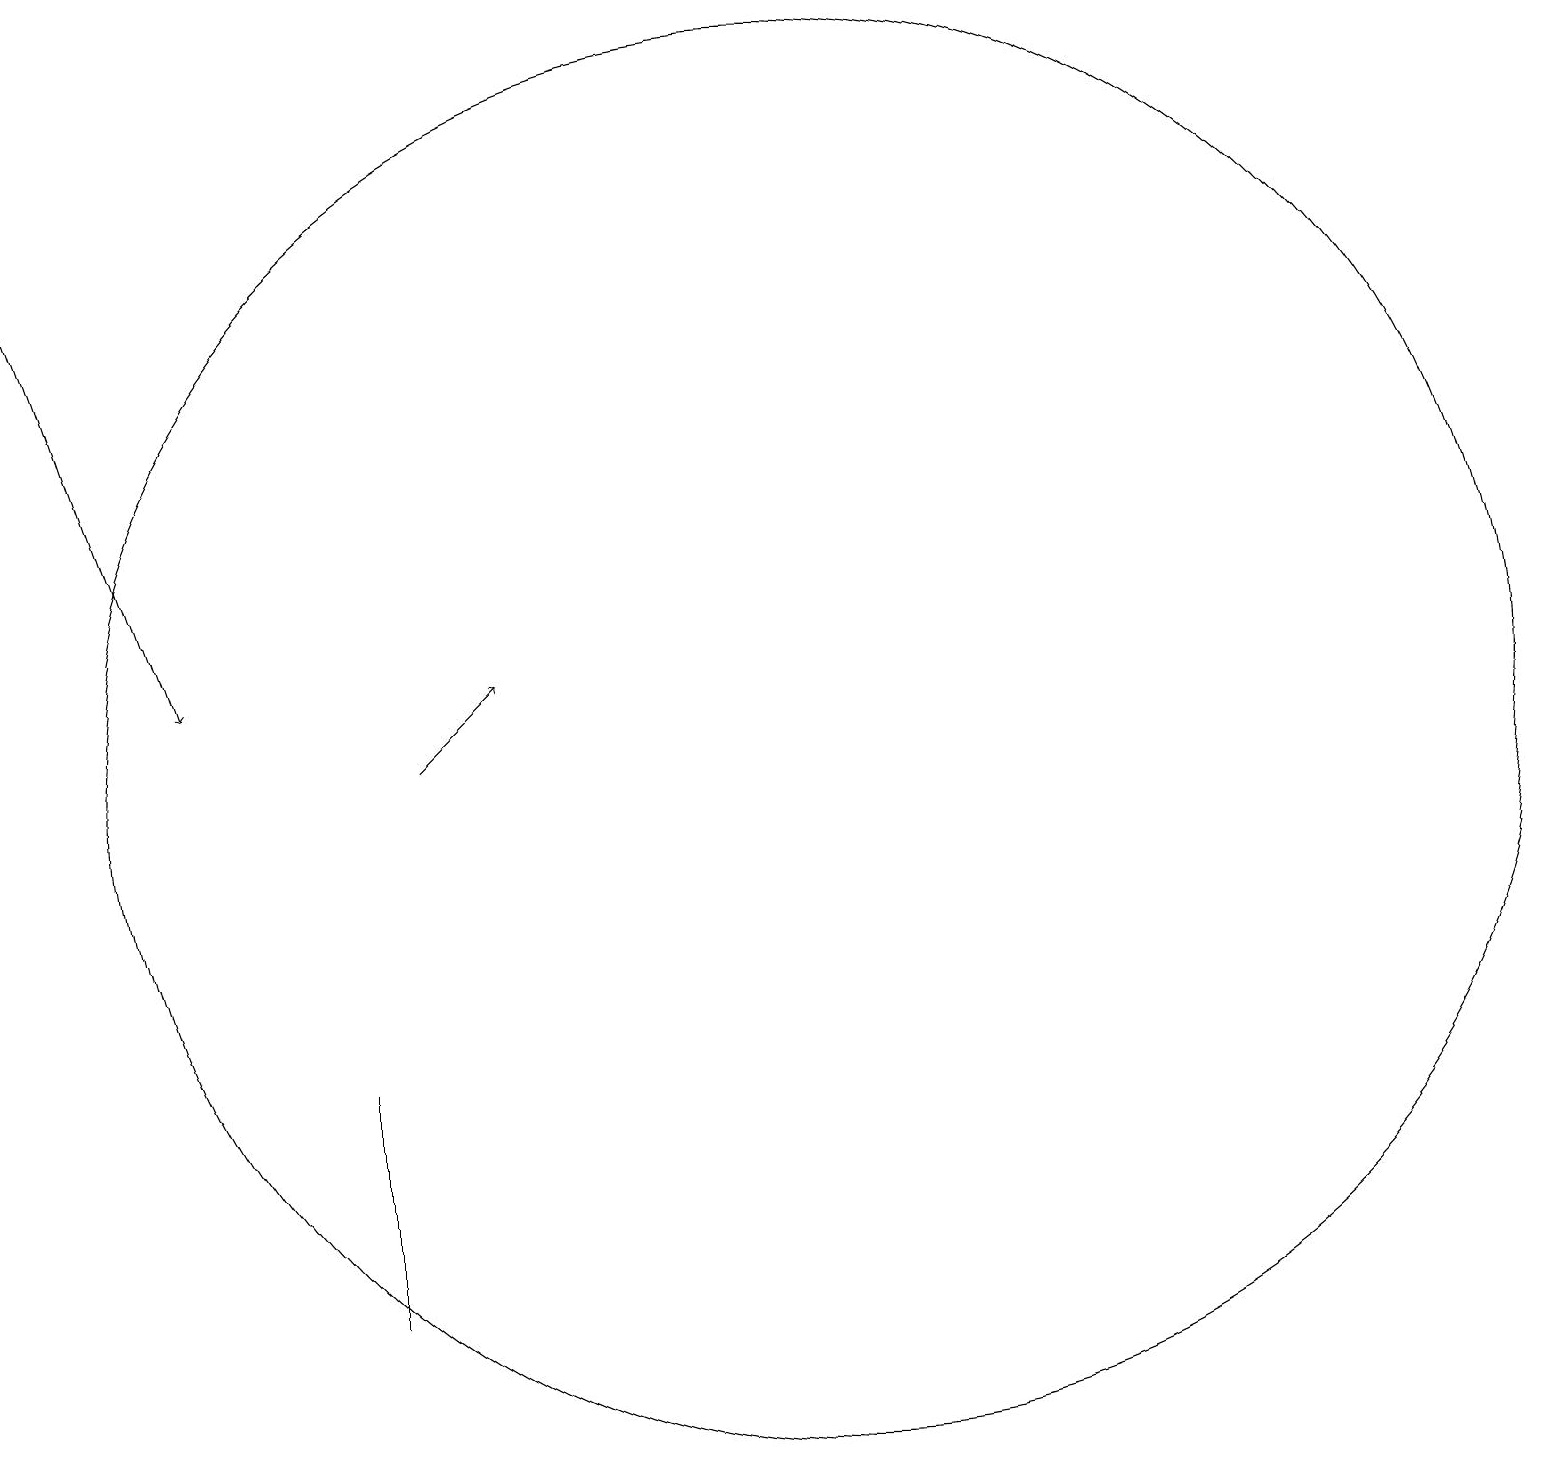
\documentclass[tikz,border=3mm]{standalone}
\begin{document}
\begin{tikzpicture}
\draw[->] (6,11) -- (7,12);
\draw (12,11) circle (0);
\draw (5,7) -- (5,4) -- (5,5) -- cycle;
\draw (11,11) circle (9);
\draw[->] (1,18) -- (3,12);
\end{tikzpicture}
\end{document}